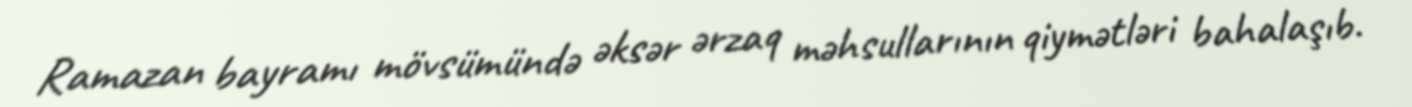
Ramazan bayramı mövsümündə əksər ərzaq məhsullarının qiymətləri bahalaşıb.